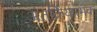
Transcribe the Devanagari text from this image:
अंतर्क्रियात्मक